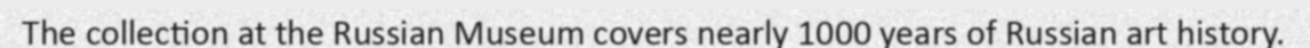
The collection at the Russian Museum covers nearly 1000 years of Russian art history.